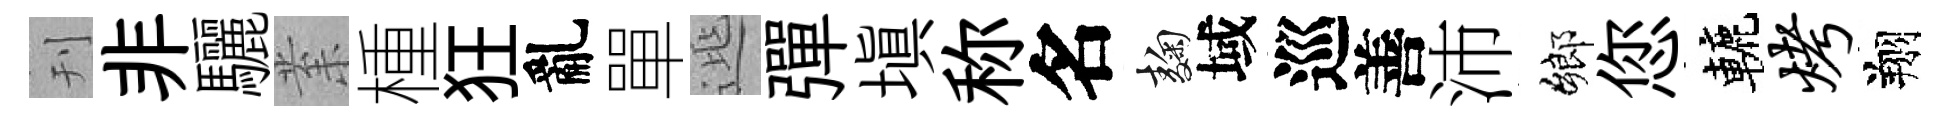
刊非驪𭪙㮔狂亂單𨓱彈填称名麹域巡善沛鄉您轆烤翔